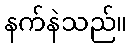
နက်နဲသည်။